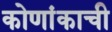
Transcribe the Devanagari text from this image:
कोणांकाची